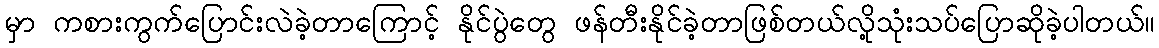
မှာ ကစားကွက်ပြောင်းလဲခဲ့တာကြောင့် နိုင်ပွဲတွေ ဖန်တီးနိုင်ခဲ့တာဖြစ်တယ်လို့သုံးသပ်ပြောဆိုခဲ့ပါတယ်။